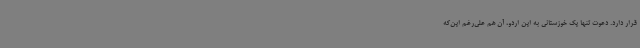
قرار دارد. دعوت تنها یک خوزستانی به این اردو، آن هم علی‌رغم این‌که